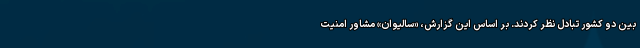
بین دو کشور تبادل نظر کردند. بر اساس این گزارش، «سالیوان» مشاور امنیت